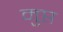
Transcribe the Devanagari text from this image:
मुप्त